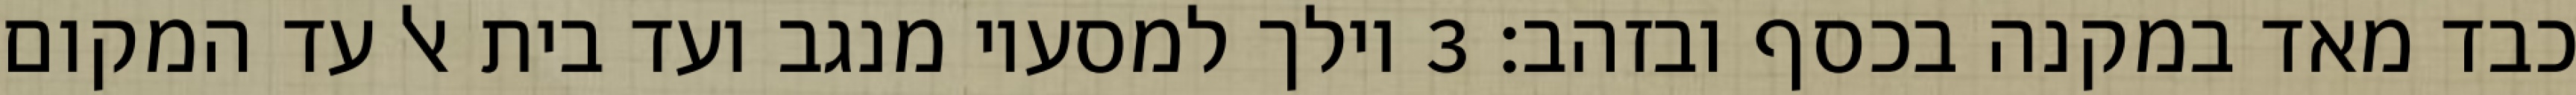
כבד מאד במקנה בכסף ובזהב׃ ‎3‏ וילך למסעיו מנגב ועד בית אל עד המקום